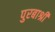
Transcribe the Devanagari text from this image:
पुरबाश्री